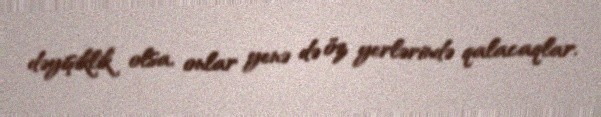
dəyişiklik olsa, onlar yenə də öz yerlərində qalacaqlar.